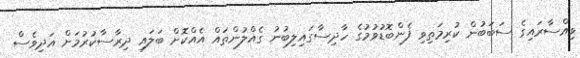
ވިއްސާރައިގެ ސަބަބުން ކުރިމަތިވި ފެންބޮޑުވުމުގެ ހާދިސާގައިލިބުނު ގެއްލުންތައް އެއްކޮށް ބަލައި ދިރާސާކުރުމަށް އަދިވެސް